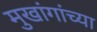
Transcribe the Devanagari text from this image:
मुखांगांच्या